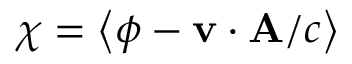
\chi = \left< \phi - \mathbf v \cdot \mathbf A / c \right>